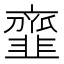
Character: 韲